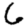
Digit: 6